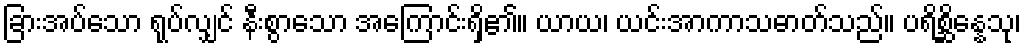
ခြားအပ်သော ရုပ်လျှင် နီးစွာသော အကြောင်းရှိ၏။ ယာယ၊ ယင်းအာကာသဓာတ်သည်။ ပရိစ္ဆိန္နေသု၊